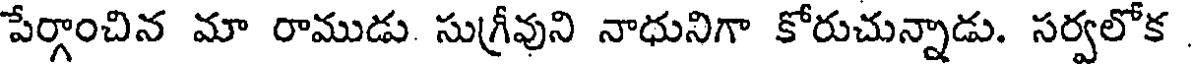
పేర్గాంచిన మా రాముడు. సుగ్రీవుని నాధునిగా కోరుచున్నాడు. సర్వలోక